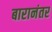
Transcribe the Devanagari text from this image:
बारानंतर